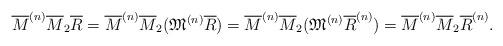
LaTeX: \begin{align*}\overline{M}^{(n)}\overline{M}_2\overline{R} = \overline{M}^{(n)}\overline{M}_2 (\mathfrak{M}^{(n)} \overline{R})= \overline{M}^{(n)}\overline{M}_2 (\mathfrak{M}^{(n)} \overline{R}^{(n)})= \overline{M}^{(n)}\overline{M}_2\overline{R}^{(n)}. \end{align*}